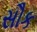
સૌક